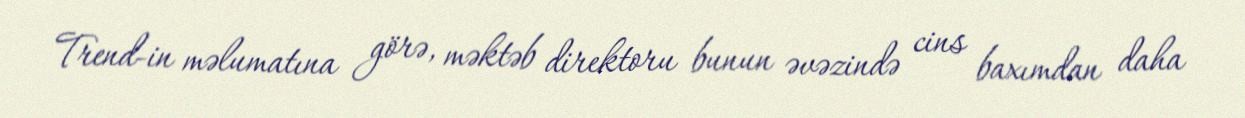
Trend-in məlumatına görə, məktəb direktoru bunun əvəzində cins baxımdan daha